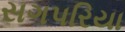
સગપરિયા